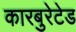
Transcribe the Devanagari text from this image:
कारबुरेटेड